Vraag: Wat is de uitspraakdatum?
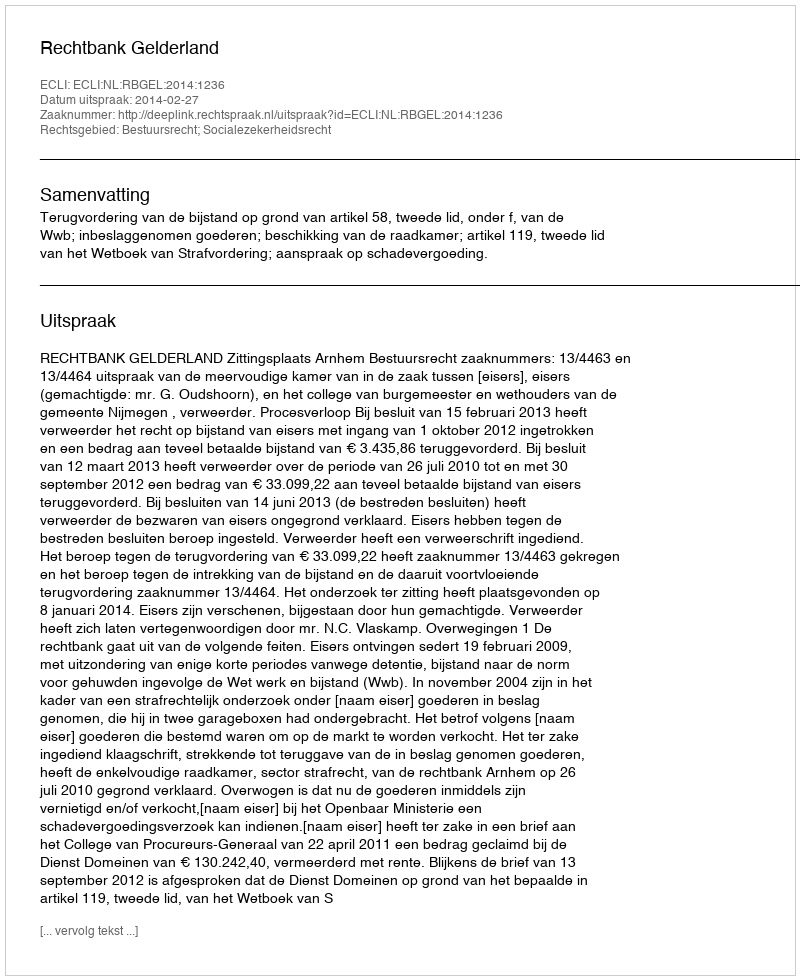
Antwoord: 2014-02-27